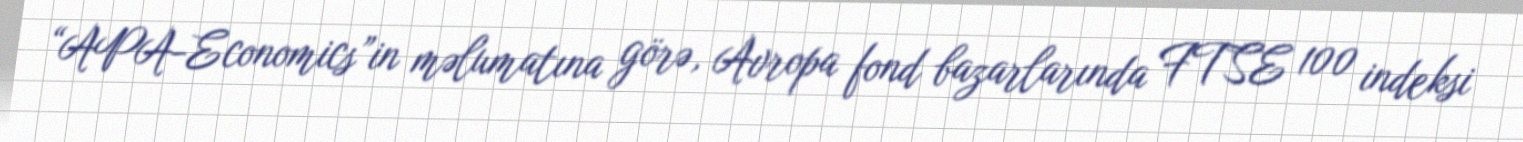
“APA-Economics”in məlumatına görə, Avropa fond bazarlarında FTSE 100 indeksi